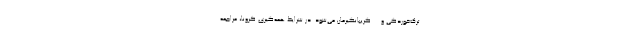
ترک‌خوردگی و ... گریبانگیرمان می‌شود. در شرایط همه‌گیری کرونا، مراجعه